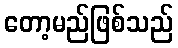
တော့မည်ဖြစ်သည်